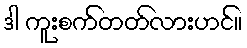
ဒါ ကူးစက်တတ်လားဟင်။